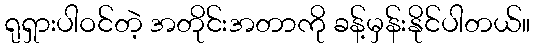
ရုရှားပါဝင်တဲ့ အတိုင်းအတာကို ခန့်မှန်းနိုင်ပါတယ်။